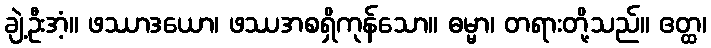
ချဲ့ဦးအံ့။ ဖဿာဒယော၊ ဖဿအစရှိကုန်သော။ ဓမ္မာ၊ တရားတို့သည်။ ဧတ္ထ၊